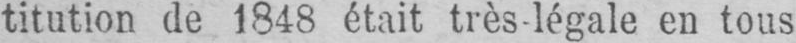
titution de 1848 était très légale en tous